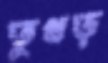
তুখড়